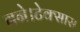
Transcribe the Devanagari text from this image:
बने।टेक्सास